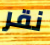
نقر